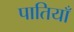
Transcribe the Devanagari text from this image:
पातियाँ